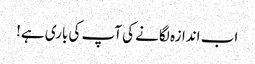
اب اندازہ لگانے کی آپ کی باری ہے!